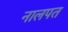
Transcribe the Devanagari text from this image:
नालपत